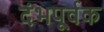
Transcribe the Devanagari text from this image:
दंभपूर्वक